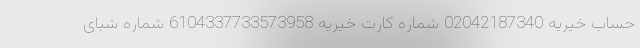
حساب خیریه 02042187340 شماره کارت خیریه 6104337733573958 شماره شبای